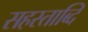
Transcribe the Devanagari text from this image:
सहस्ताब्दि